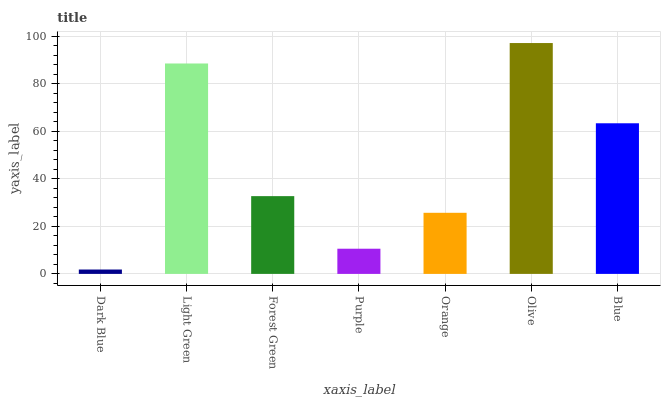
| xaxis_label | bars |
 | --- | --- |
 | Dark Blue | 1.84 |
 | Light Green | 88.5 |
 | Forest Green | 32.7 |
 | Purple | 10.6 |
 | Orange | 25.7 |
 | Olive | 97.1 |
 | Blue | 63.4 |